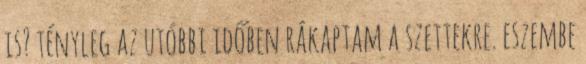
is? tényleg az utóbbi időben rákaptam a szettekre. eszembe